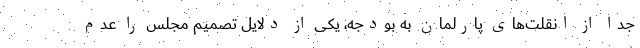
جدا از انقلت‌های پارلمان به بودجه، یکی از دلایل تصمیم مجلس را عدم